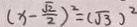
( x - \frac { \sqrt { 2 } } { 2 } ) ^ { 2 } = ( \sqrt { 3 } ) ^ { 2 }